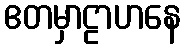
ဧတမှာဠာဟနေ